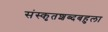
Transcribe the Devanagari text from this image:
संस्कृतशब्दबहुला